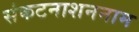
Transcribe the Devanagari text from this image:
संकटनाशननाम